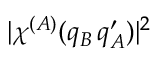
| \chi ^ { ( A ) } ( q _ { B } \, q _ { A } ^ { \prime } ) | ^ { 2 }